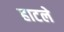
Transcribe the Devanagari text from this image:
हाटले